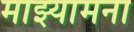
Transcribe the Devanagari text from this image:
माझ्यामना